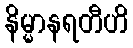
နိမ္မာနရတီဟိ